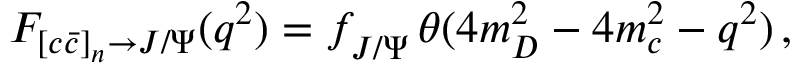
F _ { [ c \bar { c } ] _ { n } \rightarrow J / \Psi } ( q ^ { 2 } ) = f _ { J / \Psi } ^ { \phantom { l } } \, \theta ( 4 m _ { D } ^ { 2 } - 4 m _ { c } ^ { 2 } - q ^ { 2 } ) \, ,